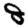
Digit: 8